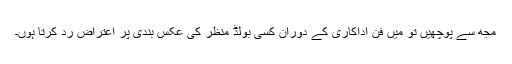
مجھ سے پوچھیں تو میں فن اداکاری کے دوران کسی بولڈ منظر کی عکس بندی پر اعتراض رد کرتا ہوں۔